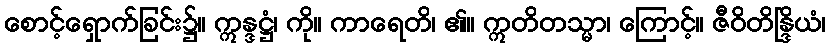
စောင့်ရှောက်ခြင်း၌။ ဣန္ဒဋ္ဌံ၊ ကို။ ကာရေတိ၊ ၏။ ဣတိတသ္မာ၊ ကြောင့်။ ဇီဝိတိန္ဒြိယံ၊